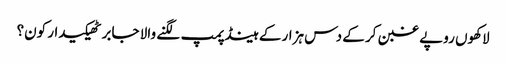
لاکھوں روپے غبن کر کے دس ہزار کے ہینڈ پمپ لگنے والا جابر ٹھیکیدار کون؟